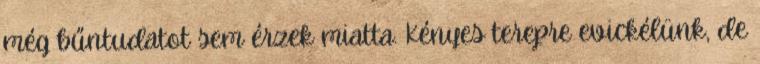
még bűntudatot sem érzek miatta. Kényes terepre evickélünk, de